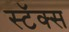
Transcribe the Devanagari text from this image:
स्टॅक्स